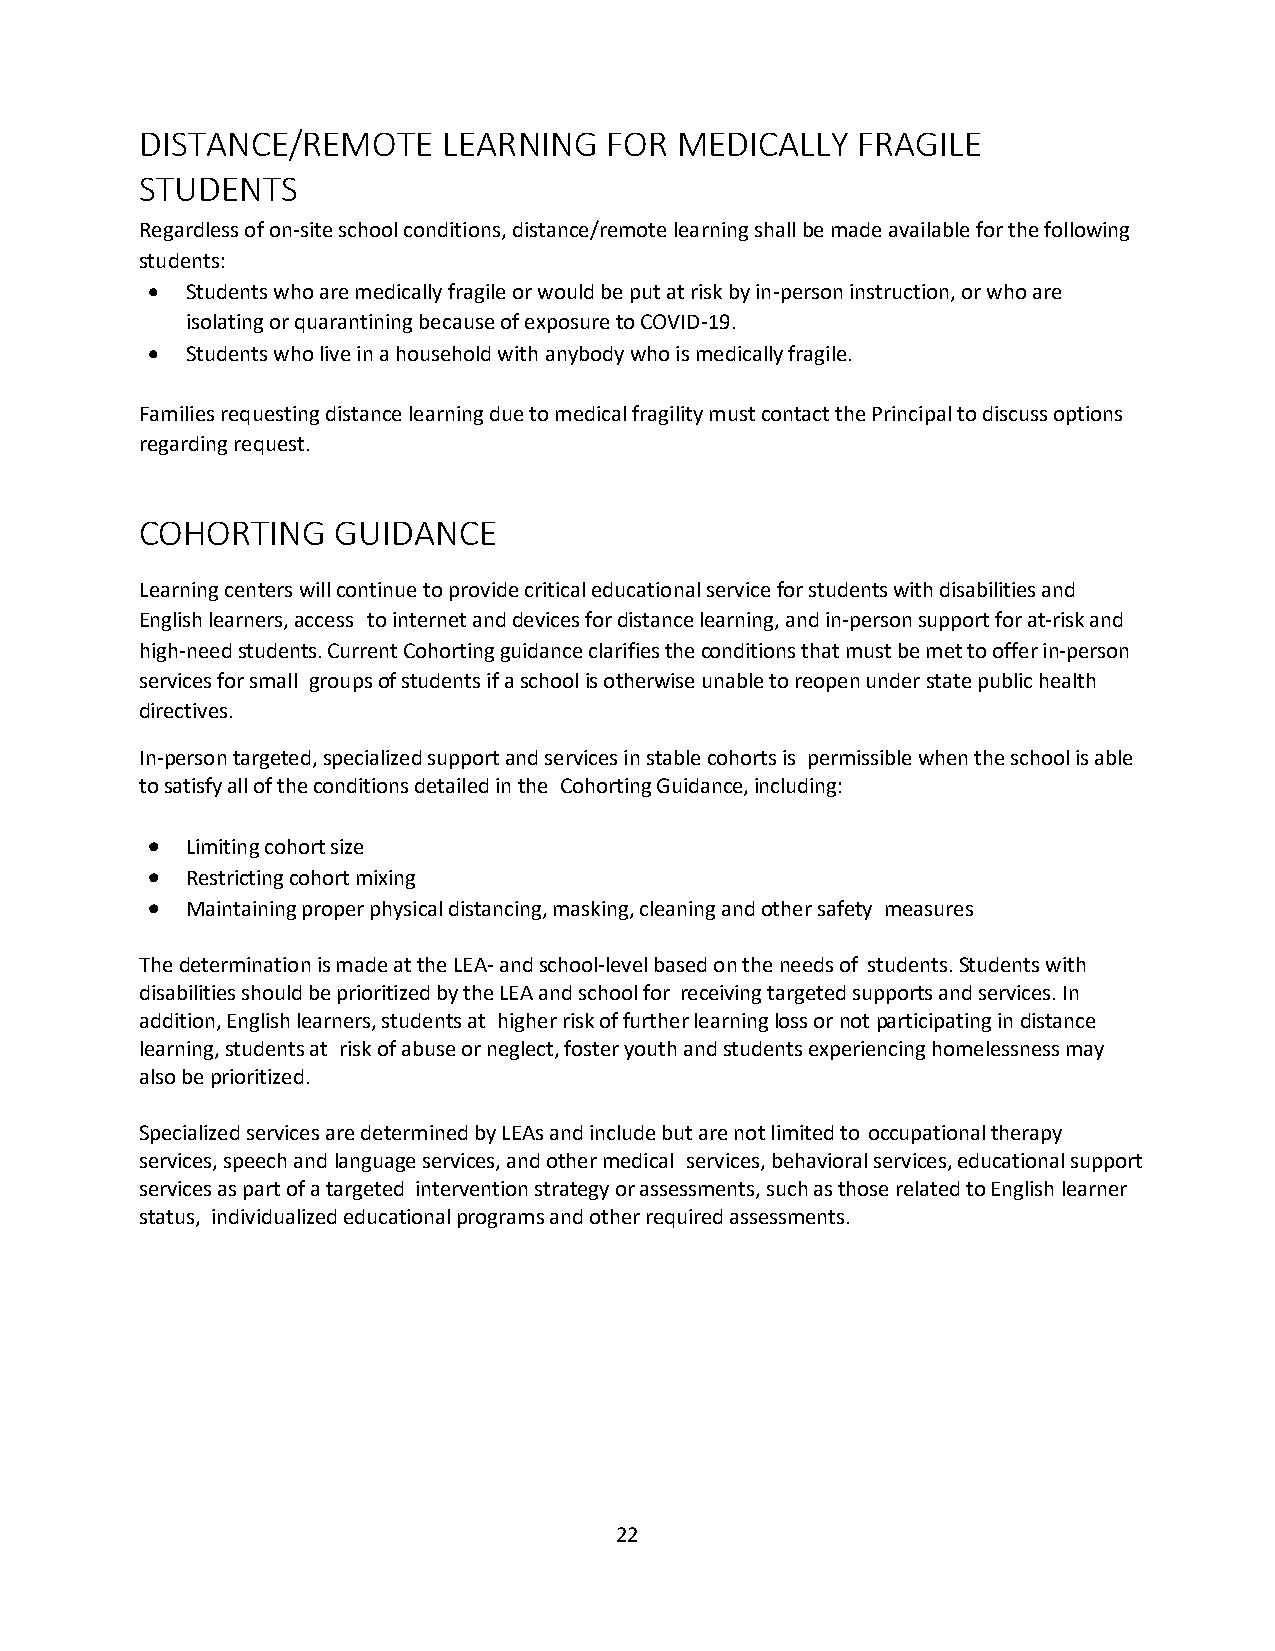
DISTANCE/REMOTE     LEARNING   FOR  MEDICALLY   FRAGILE
 STUDENTS
 Regardless of on-site school conditions, distance/remote learning shall be made available for the following
 students:
  Students who are medically fragile or would be put at risk by in-person instruction, or who are
 isolating or quarantining because of exposure to COVID-19.
  Students who live in a household with anybody who is medically fragile.
 Families requesting distance learning due to medical fragility must contact the Principal to discuss options
 regarding request.
 COHORTING    GUIDANCE
 Learning centers will continue to provide critical educational service for students with disabilities and
 English learners, access to internet and devices for distance learning, and in-person support for at-risk and
 high-need students. Current Cohorting guidance clarifies the conditions that must be met to offer in-person
 services for small groups of students if a school is otherwise unable to reopen under state public health
 directives.
 In-person targeted, specialized support and services in stable cohorts is permissible when the school is able
 to satisfy all of the conditions detailed in the Cohorting Guidance, including:
  Limiting cohort size
  Restricting cohort mixing
  Maintaining proper physical distancing, masking, cleaning and other safety measures
 The determination is made at the LEA- and school-level based on the needs of students. Students with
 disabilities should be prioritized by the LEA and school for receiving targeted supports and services. In
 addition, English learners, students at higher risk of further learning loss or not participating in distance
 learning, students at risk of abuse or neglect, foster youth and students experiencing homelessness may
 also be prioritized.
 Specialized services are determined by LEAs and include but are not limited to occupational therapy
 services, speech and language services, and other medical services, behavioral services, educational support
 services as part of a targeted intervention strategy or assessments, such as those related to English learner
 status, individualized educational programs and other required assessments.
 22